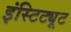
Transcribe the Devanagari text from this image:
इंस्टिट्यूट